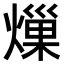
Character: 𤍒